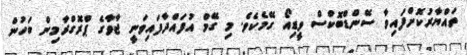
ތައްޔާރުކޮށްފައިވާ ސޭންޑްބޮކްސް ވީޑިއޯ ގޭމެކެވެ. މި ގޭމް އުފައްދާފައިވަނީ ޖާވާގެ ޕްރޮގްރާމިން ބަހުން